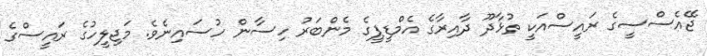
ޖޭއެސްސީގެ ރައީސްއަކީ ތުޅާދޫ ދާއިރާގެ އެމްޑީޕީގެ މެންބަރު ހިސާން ހުސައިނެވެ. މަޖިލީހުގެ ރައީސްގެ